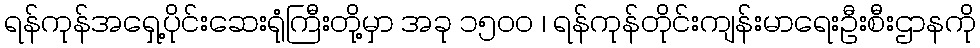
ရန်ကုန်အရှေ့ပိုင်းဆေးရုံကြီးတို့မှာ အခု ၁၅၀၀ ၊ ရန်ကုန်တိုင်းကျန်းမာရေးဦးစီးဌာနကို